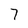
Character: 7